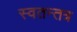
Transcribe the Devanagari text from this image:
स्वतन्तत्र